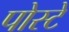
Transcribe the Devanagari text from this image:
पोस्टे